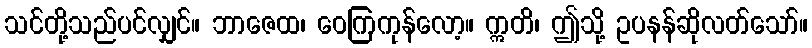
သင်တို့သည်ပင်လျှင်။ ဘာဇေထ၊ ဝေကြကုန်လော့။ ဣတိ၊ ဤသို့ ဥပနန်ဆိုလတ်သော်။